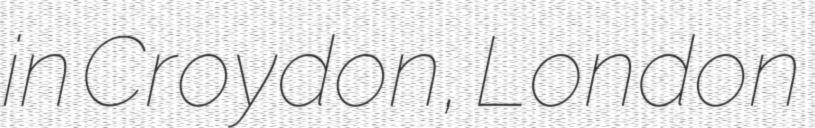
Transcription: in Croydon, London